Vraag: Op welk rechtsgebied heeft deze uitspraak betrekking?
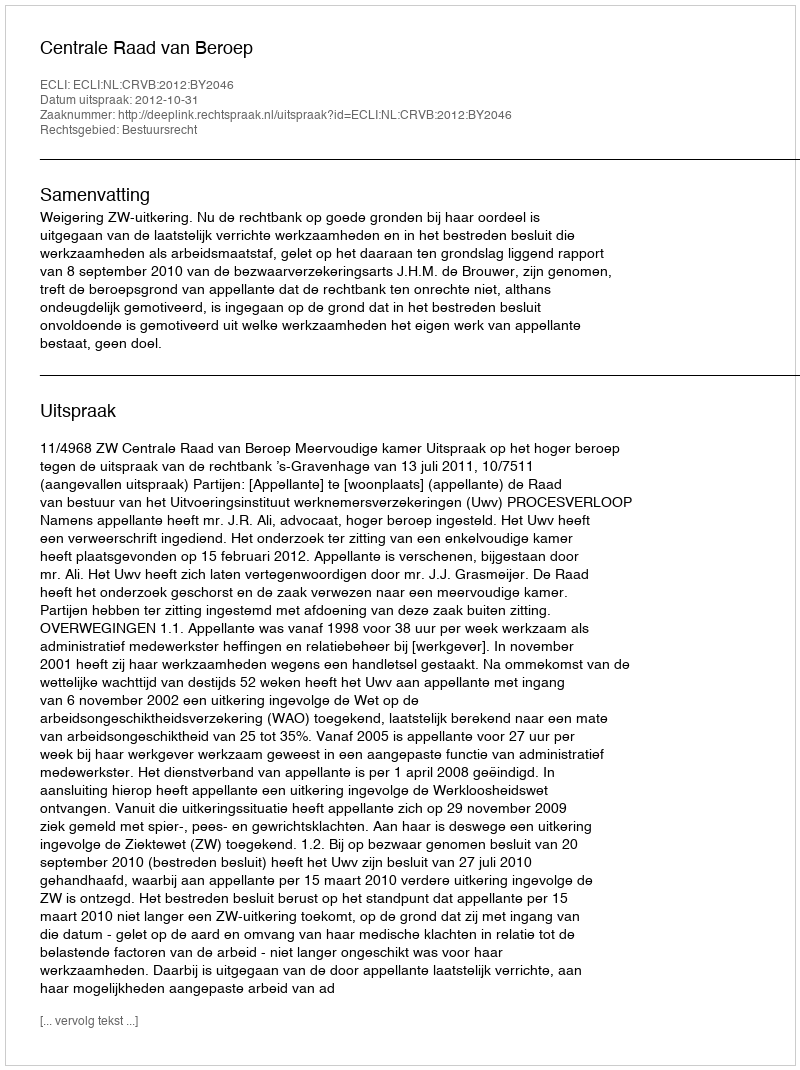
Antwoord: Bestuursrecht